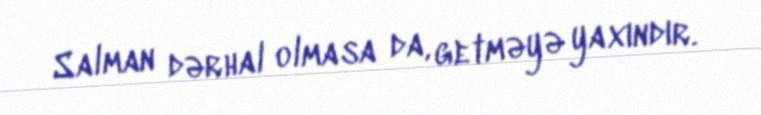
Salman dərhal olmasa da, getməyə yaxındır.